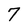
Character: 7